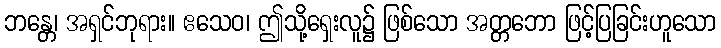
ဘန္တေ၊ အရှင်ဘုရား။ ဧသေဝ၊ ဤသို့ရှေးလူ၌ ဖြစ်သော အတ္တဘော ဖြင့်ပြခြင်းဟူသော